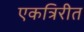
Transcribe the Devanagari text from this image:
एकत्रिरीत